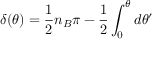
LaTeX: \delta ( \theta ) = \frac 1 2 n _ { B } \pi - \frac 1 2 \int _ { 0 } ^ { \theta } d \theta ^ { \prime }